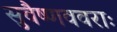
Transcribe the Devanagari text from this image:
सुवैष्णववराः